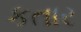
કતાર